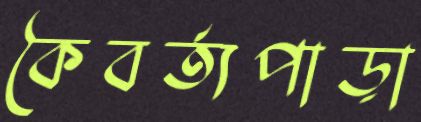
কৈবর্ত্যপাড়া